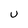
Character: U